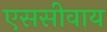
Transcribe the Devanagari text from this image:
एससीवाय